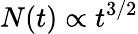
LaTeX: N(t)\propto t^{3/2}